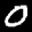
Label: 0